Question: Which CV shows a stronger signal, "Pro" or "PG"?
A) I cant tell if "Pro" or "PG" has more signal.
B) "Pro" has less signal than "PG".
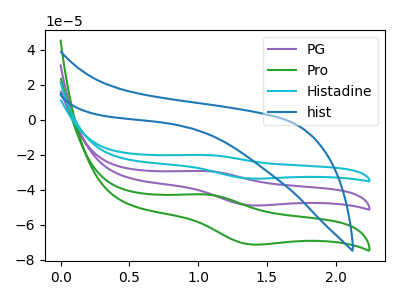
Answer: <think>The purple curve "PG" has an anodic peak at (1.05V, -29.35uA) and a cathodic peak at (1.40V, -49.00uA). The green curve "Pro" has an anodic peak at (1.05V, -42.75uA) and a cathodic peak at (1.40V, -71.35uA). The cyan curve "Histadine" has an anodic peak at (1.05V, -58.70uA) and a cathodic peak at (1.40V, -98.00uA). The blue curve "hist" has no peaks.
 All the peaks in "Pro" have a peak in "PG" at the same potential.</think>
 <answer>A) I cant tell if "Pro" or "PG" has more signal.</answer>
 <eval>A</eval>